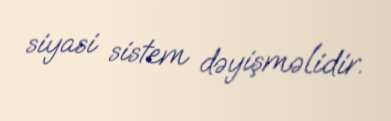
siyasi sistem dəyişməlidir.